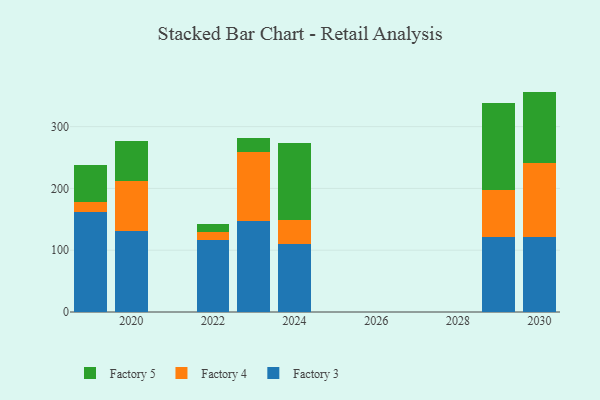
{"axis": {"x": "Year", "y": "Revenue (USD Million)"}, "legend": ["Factory 3", "Factory 4", "Factory 5"], "data": [{"x": "2024", "y": 110.3, "type": "Factory 3"}, {"x": "2024", "y": 39.3, "type": "Factory 4"}, {"x": "2024", "y": 123.2, "type": "Factory 5"}, {"x": "2029", "y": 120.7, "type": "Factory 3"}, {"x": "2029", "y": 76.7, "type": "Factory 4"}, {"x": "2029", "y": 140.9, "type": "Factory 5"}, {"x": "2019", "y": 161.8, "type": "Factory 3"}, {"x": "2019", "y": 17.0, "type": "Factory 4"}, {"x": "2019", "y": 59.1, "type": "Factory 5"}, {"x": "2030", "y": 121.1, "type": "Factory 3"}, {"x": "2030", "y": 120.8, "type": "Factory 4"}, {"x": "2030", "y": 114.8, "type": "Factory 5"}, {"x": "2020", "y": 131.3, "type": "Factory 3"}, {"x": "2020", "y": 80.2, "type": "Factory 4"}, {"x": "2020", "y": 64.6, "type": "Factory 5"}, {"x": "2023", "y": 147.0, "type": "Factory 3"}, {"x": "2023", "y": 112.7, "type": "Factory 4"}, {"x": "2023", "y": 22.1, "type": "Factory 5"}, {"x": "2022", "y": 116.8, "type": "Factory 3"}, {"x": "2022", "y": 12.8, "type": "Factory 4"}, {"x": "2022", "y": 12.3, "type": "Factory 5"}]}